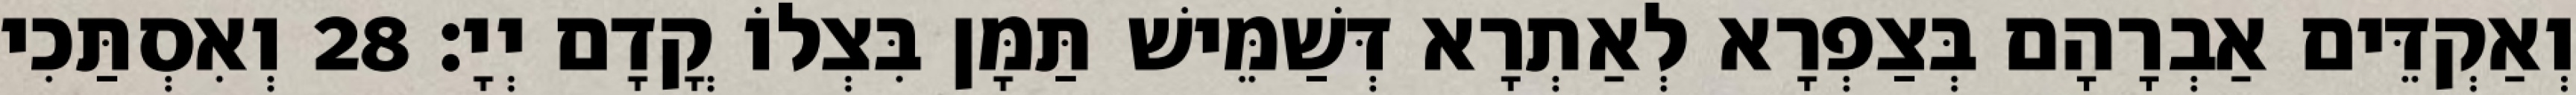
וְאַקְדֵּים אַבְרָהָם בְּצַפְרָא לְאַתְרָא דְּשַׁמֵּישׁ תַּמָּן בִּצְלוֹ קֳדָם יְיָ׃ 28 וְאִסְתַּכִי